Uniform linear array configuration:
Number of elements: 12
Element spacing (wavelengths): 0.5
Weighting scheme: hamming
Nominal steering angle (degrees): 15
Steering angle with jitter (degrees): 13.921
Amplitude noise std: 0.05
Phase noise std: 0.05

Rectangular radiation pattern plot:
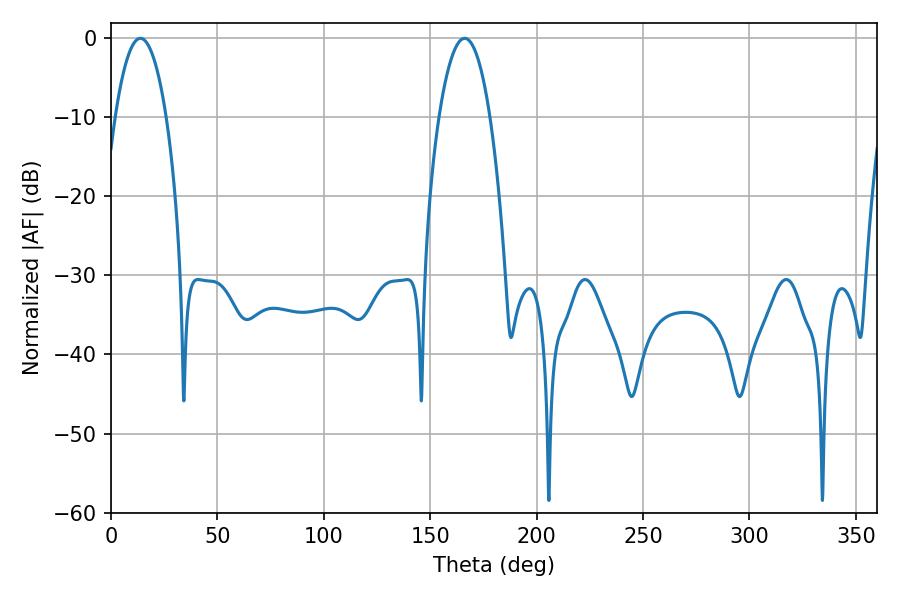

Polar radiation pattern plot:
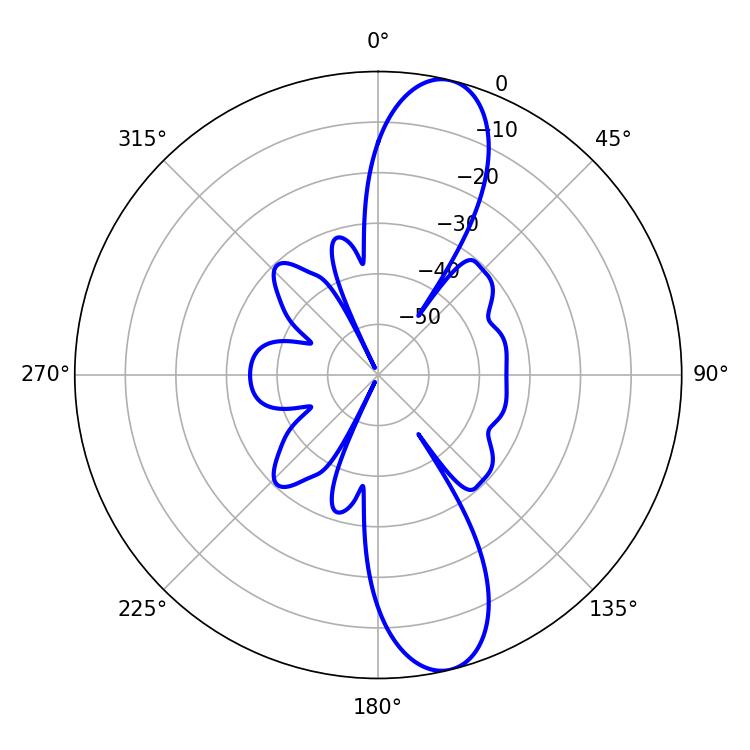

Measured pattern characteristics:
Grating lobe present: FALSE
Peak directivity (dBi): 12.28
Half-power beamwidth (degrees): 13.32
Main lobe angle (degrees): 13.86